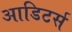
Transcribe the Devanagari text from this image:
आडिटर्स